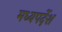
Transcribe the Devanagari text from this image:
मध्यपर्देश